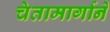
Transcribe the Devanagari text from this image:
चेतामार्गाने